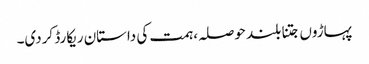
پہاڑوں جتنا بلند حوصلہ، ہمت کی داستان ریکارڈ کردی۔